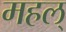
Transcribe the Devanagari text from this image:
महल्